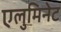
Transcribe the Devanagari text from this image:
एलुमिनेट